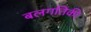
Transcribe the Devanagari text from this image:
बलगतिकी